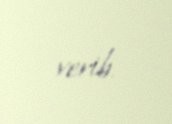
verib.